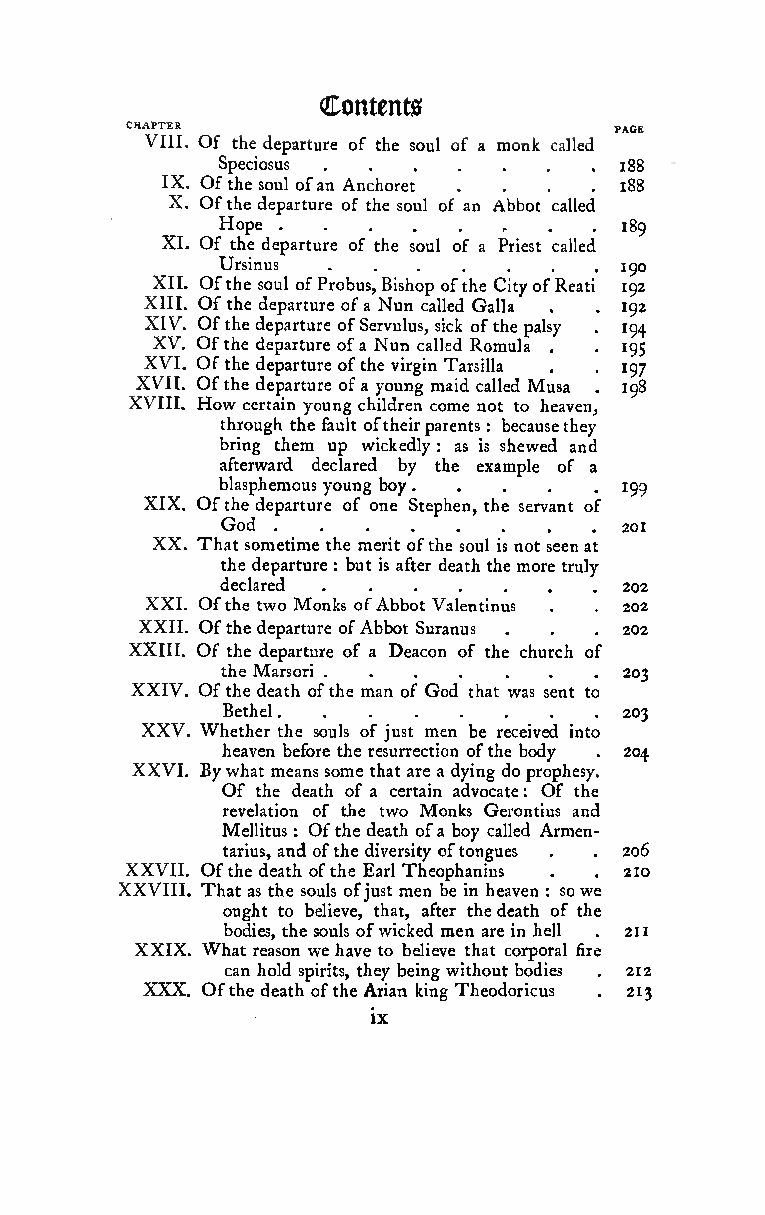
1
 Contents
 CHAPTER
 pjjOK
 VIII. Of the departure of the soul o.f a .mon .k ca.lled
 Speciosus                .188
 .  .  .  .  .  .
 IX. Ofthe soul ofan Anchoret  188
 X. Ofthe departure of the soul of an Abbot called
 Hope    .....      r . . . . 189
 XI. Of the departure of the soul of a Priest called
 Ursinus                   190
 XII. Ofthe soul ofProbus,Bishop ofthe CityofReati 192
 XIII. Ofthe departure ofa Nun called Galla . . 192
 XX
 VXX
 V
 IX VI
 I
 IV IV
 I
 I.
 ..
 .. OO
 O
 HO ffff owt ttt h hhh e eee ced d
 dd
 ree
 ee
 tpp
 p
 ap
 iaa
 aa
 nrr rrtt
 t
 t
 yuu
 u
 u
 orr
 r
 re ue
 e
 e
 noo
 o
 o
 gff
 f
 f
 caS
 t
 a
 he hN ir
 ye
 lv ouu
 dv
 ul n
 ri
 nu
 r
 es
 gg
 nc, ia
 n
 cmls l oai Tec
 i
 madk
 r
 d
 esRo
 i
 c
 nf o
 l
 a
 olm lt
 ta
 luh ee l
 d
 ta op Ma ul hs es. .y
 aa
 ven,. .
 ..
 1 11 19 99 95 74
 8
 through the fault oftheirparents : becausethey
 bring them up wicked.ly : .as is.she.wed.and
 afterward declared by the example of a
 blasphe.mous.youn.g bo.y .... 199
 XIX. Ofthe departure of one Stephen, the servant of
 God                       201
 XX. That sometime.the m.erit.ofth.e sou.l is n.ot se.enat
 the departure : but is after deaththe more truly
 declared                  202
 XXI. Ofthe two Monks ofAbbot Valentinus 202
 .  .
 XXII. Ofthe departure.ofA.bbot.Sura.nus.. .... 202
 XXIII. Of the departure of a Deacon of the church of
 the Mar.sori.......       203
 XXIV. Ofthe death ofthe man of God that was sent to
 Bethel                    203
 XXV. Whether the souls of just men be received into
 heaven before the resurrection ofthe body . 204
 XXVI. Bywhat means some that are a dying doprophesy.
 Of the death of a certain advocate Of the
 :
 revelation of the two Monks Gerontius and
 Mellitus : Ofthe death ofa boy called Armen-
 tarius, and ofthe diversity oftongues . . 206
 XXVII. Ofthe death ofthe Earl Theophanius
 .  ,
 210
 XXVIII. That as the souls ofjust men be in heaven : sowe
 ought to believe, that, after thedeath of the
 bodies, the souls ofwicked men are in hell . 21
 XXIX. What reason wehave to believe that corporal fire
 can hold spirits, they being without bodies . 212
 XXX. Ofthe death ofthe Arian king Theodoricus . 213
 ix